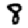
Digit: 8